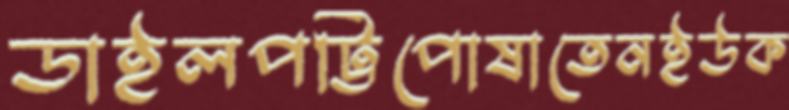
ডাইলপট্টিপোষাতেনইউক